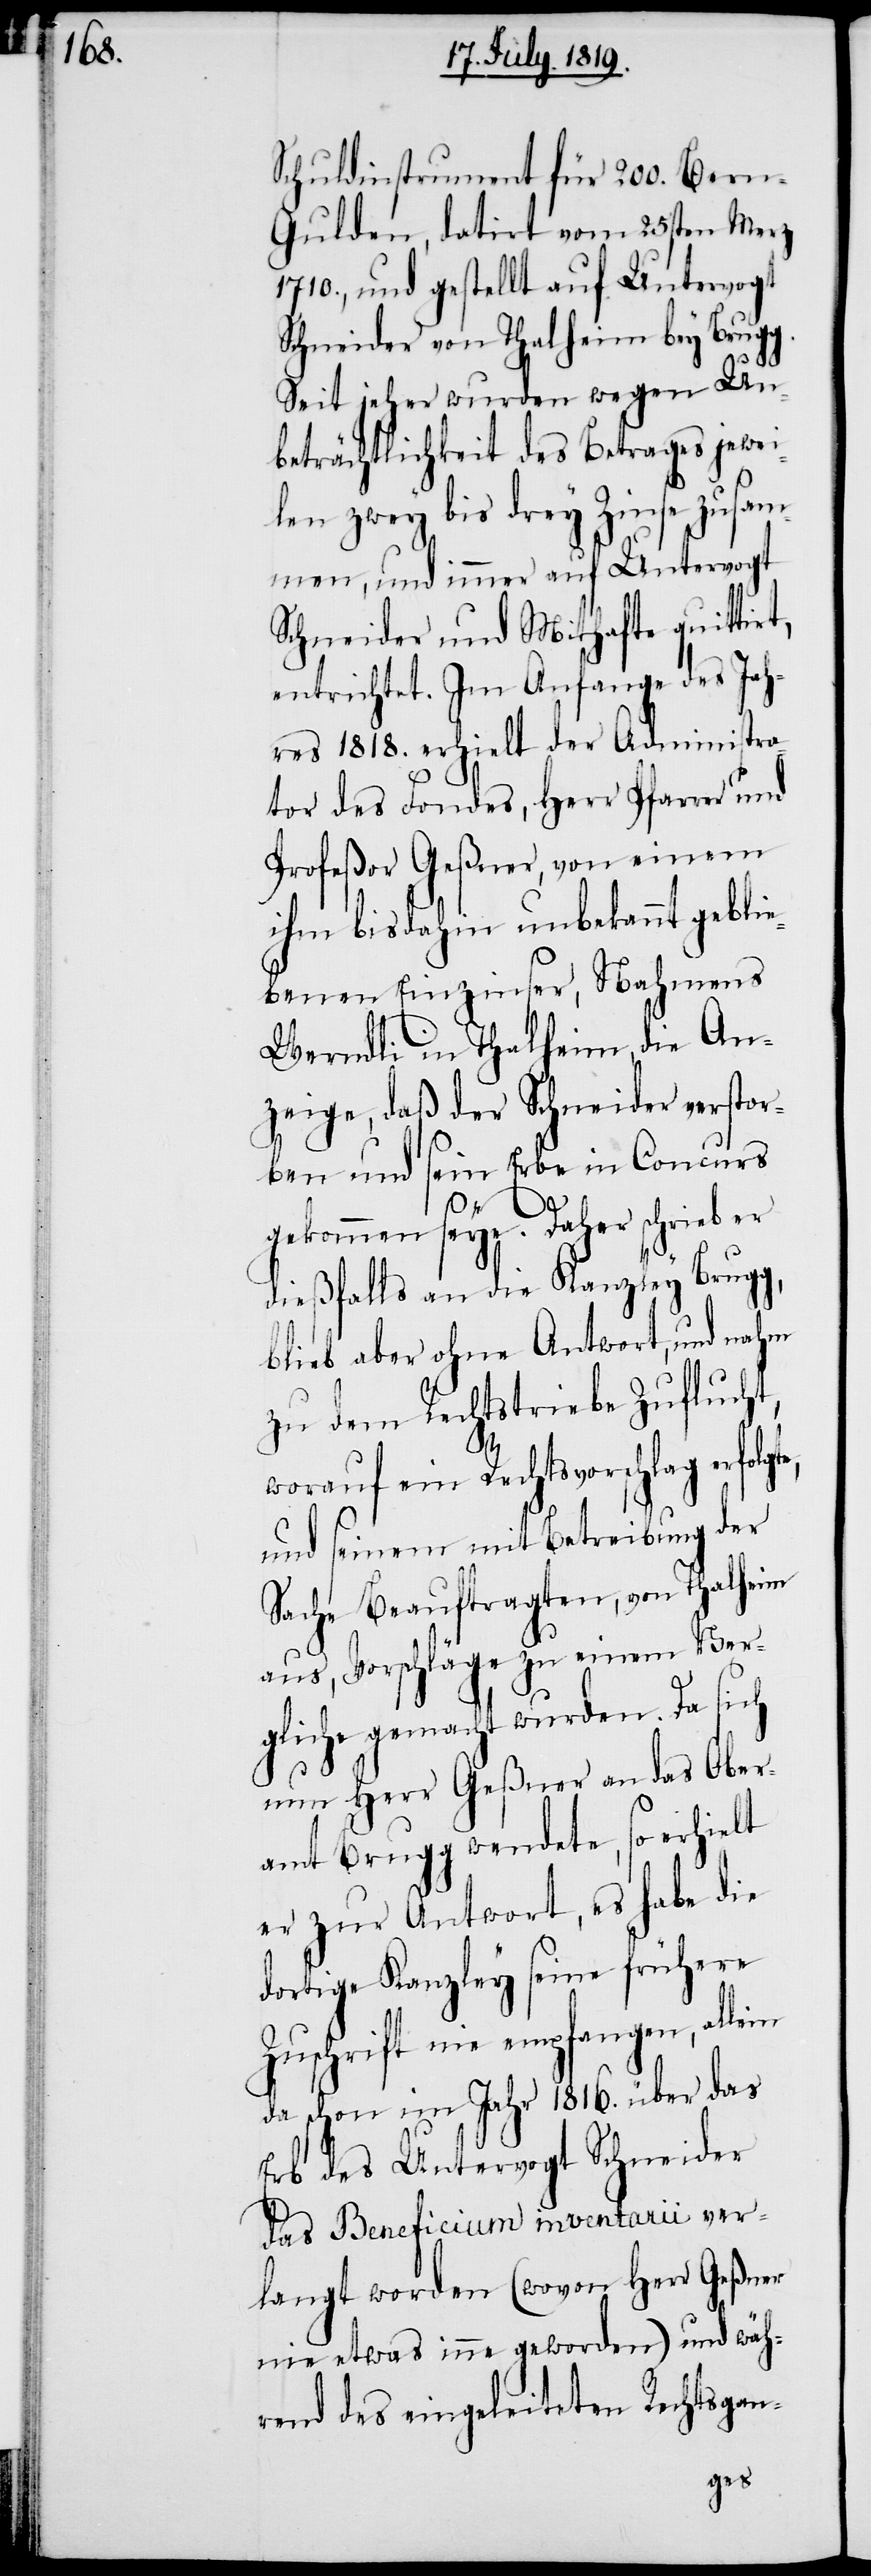
Schuldinstrument für 200. Bern-G¬
ulden, datirt vom 25sten Merz
1710., und gestellt auf Untervogt
Schneider von Thalheim bey Brugg.
Seit jeher wurden wegen Un¬
beträchtlichkeit des Betrages jewei¬
len zwey bis drey Zinse zusam¬
men, und immer auf Untervogt
Schneider und Mithafte quittirt,
entrichtet. Im Anfange des Jah¬
res 1818. erhielt der Administra¬
tor des Fondes, Herr Pfarrer und
Profeßor Geßner, von einem
ihm bisdahin unbekannt geblie¬
benen Einzinser, Nahmens
Werndli in Thalheim, die An¬
zeige, daß der Schneider verstor¬
ben und sein Erbe in Concurs
gekommen seye. Daher schrieb er
dießfalls an die Kanzley Brugg,
blieb aber ohne Antwort, und nahm
zu dem Rechtstriebe Zuflucht,
worauf ein Rechtsvorschlag erfolgt¬
und seinem mit Betreibung der
Sache Beauftragten, von Thalheim
aus, Vorschläge zu einem Ver¬
gliche gemacht wurden. Da sich
nun Herr Geßner an das Ober¬
amt Brugg wendete, so erhielt
er zur Antwort, es habe die
dortige Kanzley seine frühere
Zuschrift nie empfangen, allein
da schon im Jahr 1816. über das
Erb des Untervogt Schneider
das Beneficium inventarii ver¬
langt worden (wovon Herr Geßner
nie etwas inne geworden) und wäh¬
rend des eingeleiteten Rechtsgan-
e,